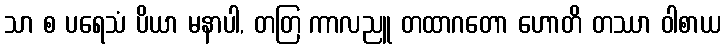
သာ စ ပရေသံ ပိယာ မနာပါ, တတြ ကာလညူ တထာဂတော ဟောတိ တဿာ ဝါစာယ